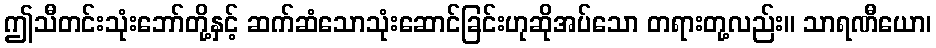
ဤသီတင်းသုံးဘော်တို့နှင့် ဆက်ဆံသောသုံးဆောင်ခြင်းဟုဆိုအပ်သော တရားတု့လည်း။ သာရဏီယော၊